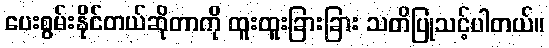
ပေးစွမ်းနိုင်တယ်ဆိုတာကို ထူးထူးခြားခြား သတိပြုသင့်ပါတယ်။